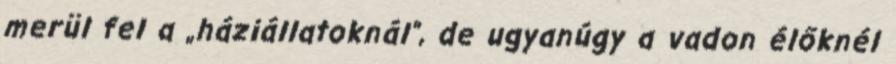
merül fel a „háziállatoknál”, de ugyanúgy a vadon élőknél